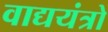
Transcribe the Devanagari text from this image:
वाद्ययंत्रो